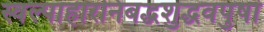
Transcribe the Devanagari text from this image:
स्वल्पाहारनिबद्धशुद्धवपुषां